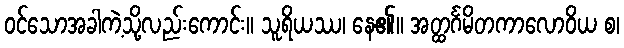
ဝင်သောအခါကဲ့သို့လည်းကောင်း။ သူရိယဿ၊ နေ၏။ အတ္ထင်္ဂမိတကာလောဝိယ စ၊